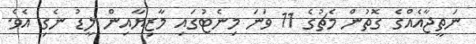
ނަތީޖާއެއްގެ ގޮތުން މެޗުގެ 11 ވަނަ މިނެޓުގައި މާޒިޔާއިން ލީޑު ނެގި އެވެ.